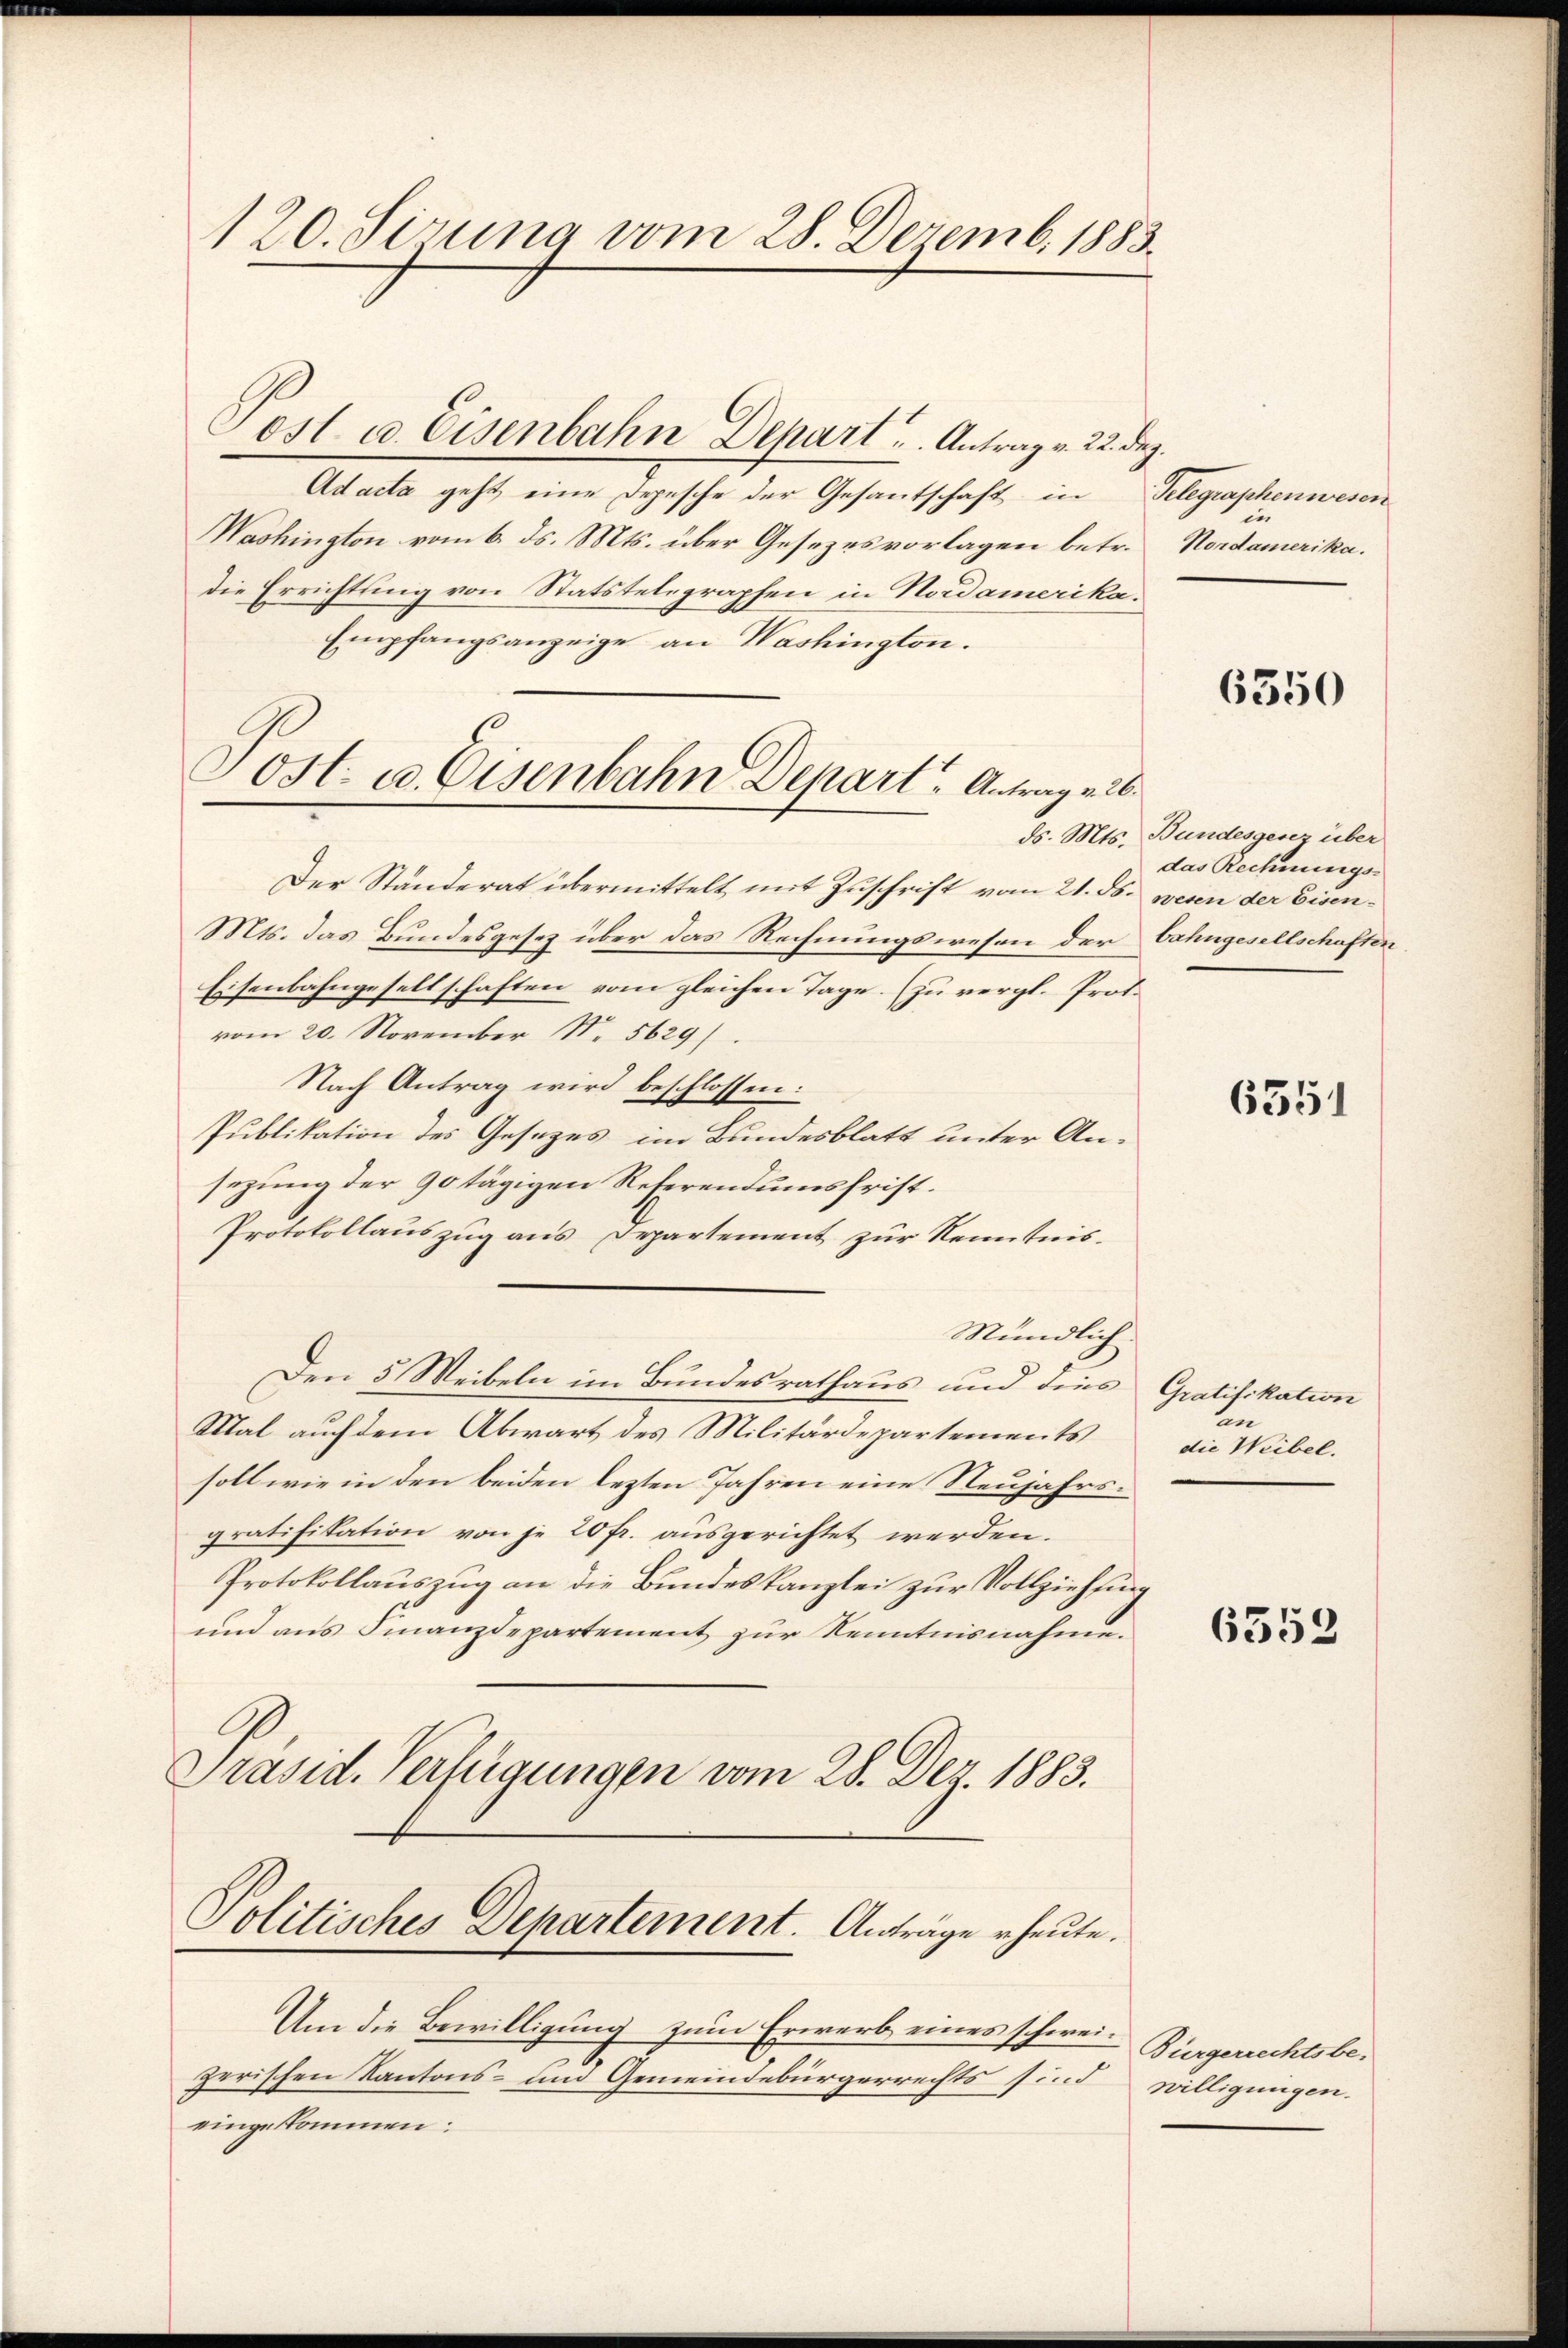
120. Siruna vom 28. Dezemb. 1883.

Ad acta geht eine Depesche der Gesantschaft in
Washington vom 6. ds. Mts. über Gesezesvorlagen betr. Nordamerika.
die Errichtung von Statstelegraphen in Nordamerika.
Empfangsanzeige an Washington.

Post u. Eisenbahn Depart u. Antrag v. 22. Dez.

ost. u. Eisenbahn Depart - Antrag v. 26.
No. 1910.

Den 5 Weibeln im Bundesrathaus und dies

Der Ständerat übermittelt mit Zuschrift vom 21. ds. wegen der Eisen¬
Mts. das Bundesgesez über das Rechnungswesen der bahngesellschaften
Eisenbahngesellschaften vom gleichen Tage. (zu vergl. Prof.
vom 20. November Nr. 5629/
Nach Antrag wird beschlossen:
Publikation des Gesezes im Bundesblatt unter Ansezung der 90 tägigen Referendumsfrist.
Protokollauszug aus Departement zur Kenntnis¬
Mündlich.
Mal auch dem Abwart des Militärdepartements
soll wie in den beiden lezten Jahren eine Neujahrsgratifikation von je 20 fr. ausgerichtet werden.
Protokollauszug an die Bundeskanzlei zur Vollziehung
und aus Finanzdepartement zur Kenntnisnahme.
Präsid. Verfügungen vom 28. Der 1883.

Politisches Departement. Anträge heute.

Um die Bewilligung zum Erwarb eines schwei- Bürgerrechtsbezerischen Kantons- und Gemeindebürgerrechts sind willigungen.
eingekommen:

Gelegraphenwesen
in

6350

Bundesgesez über
das Rechnungs¬

6551

Gratifikation
an
die Weibel.

6553